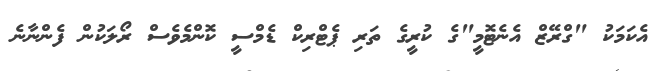
އެކަމަކު "ގްރޭޒް އެނެޓޮމީ"ގެ ކުރީގެ ތަރި ޕެޓްރިކް ޑެމްސީ ކޮންމެވެސް ރޯލަކުން ފެންނާނެ